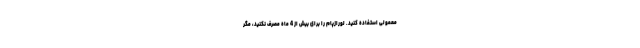
معمولی استفاده کنید. لورازپام را برای بیش از 4 ماه مصرف نکنید، مگر